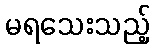
မရသေးသည့်